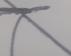
Signature authenticity: forged